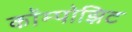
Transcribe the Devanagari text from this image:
कॉम्पोझिट